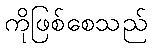
ကိုဖြစ်စေသည်